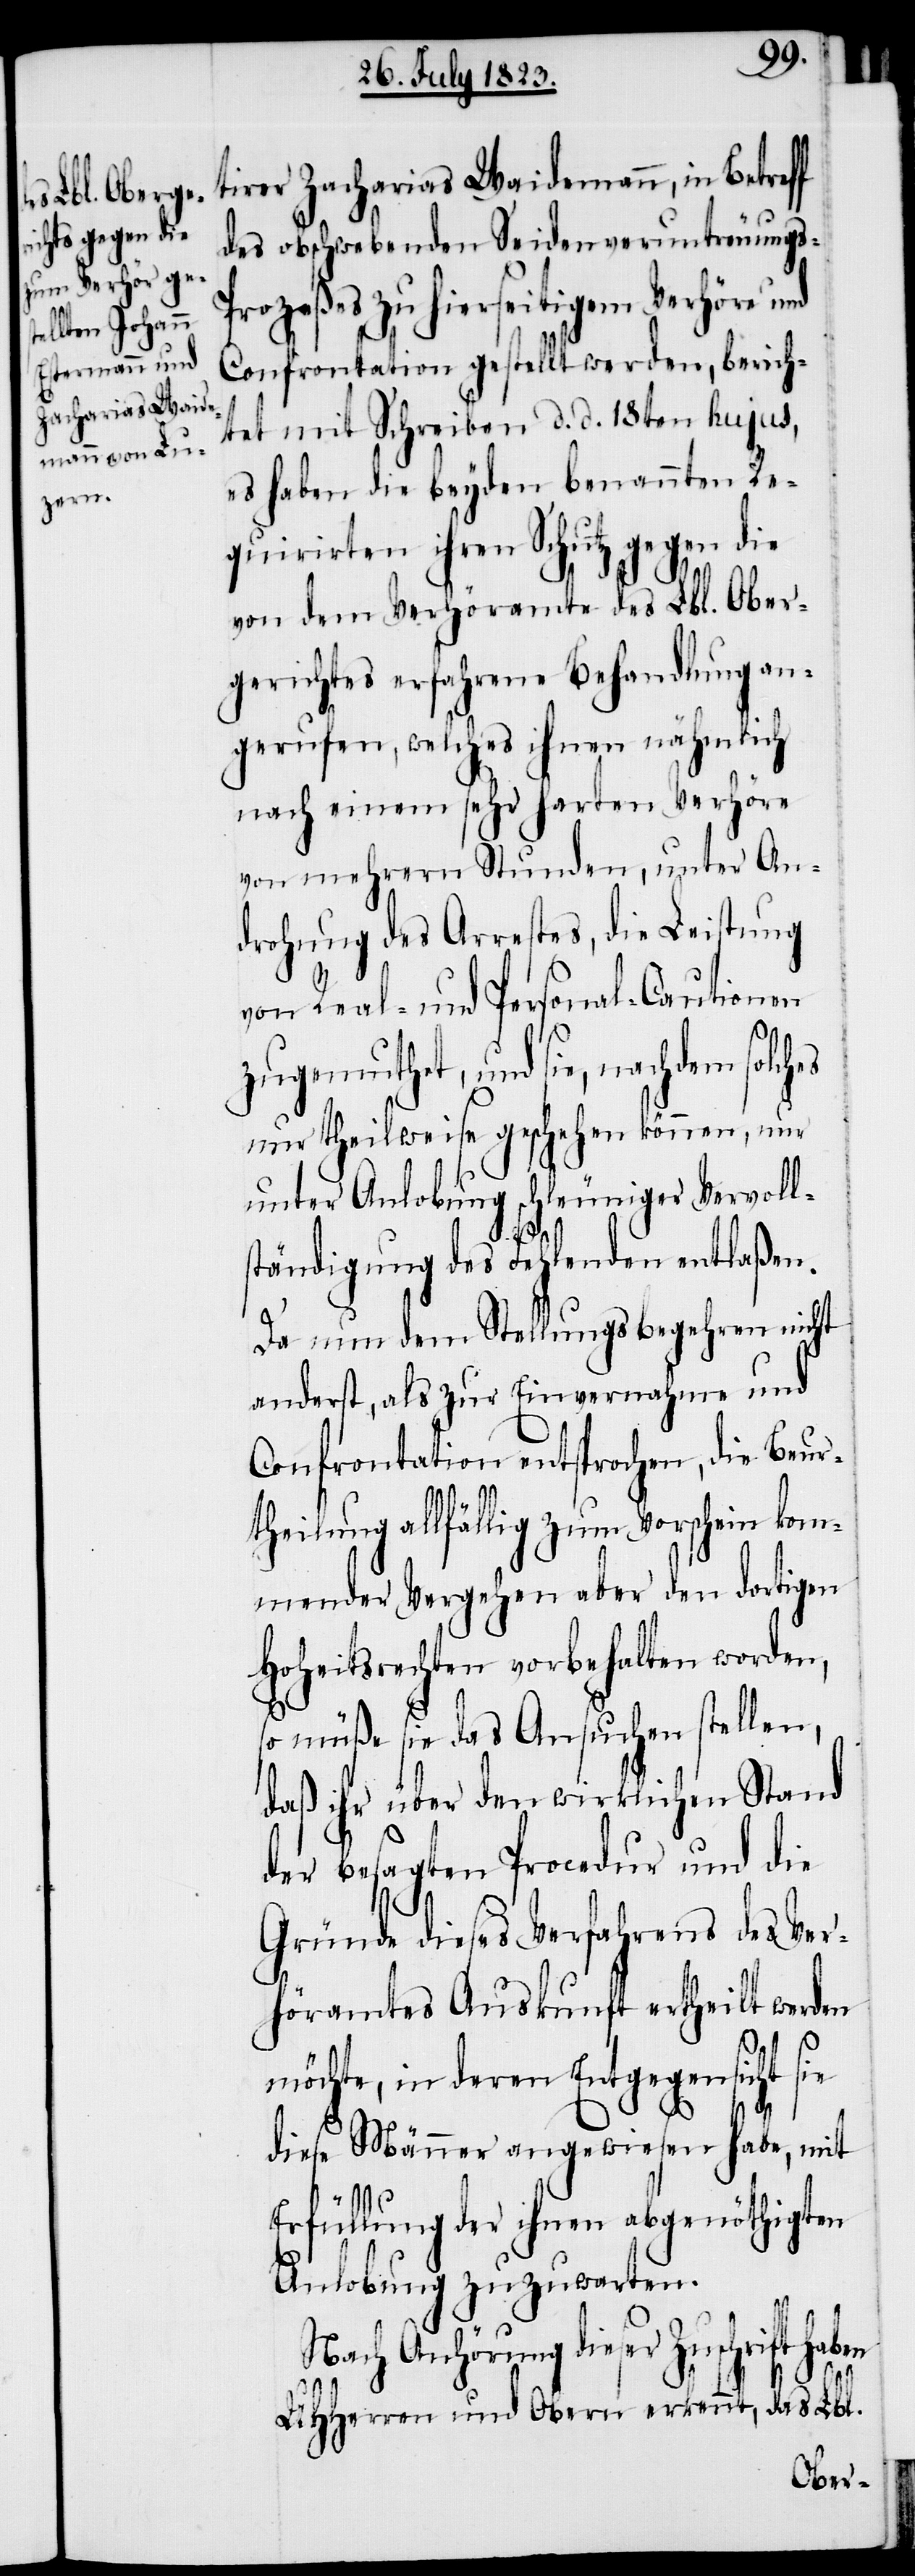
tirer Zacharias Waidemann, in Betreff
des obschwebenden Seidenveruntreuungs-P¬
rozeßes zu hierseitigem Verhöre und
Confrontation gestellt werden, berich¬
tet mit Schreiben d. d. 18ten hujus,
es haben die beyden benannten Re¬
quirirten ihren Schutz gegen die
von dem Verhöramte des Lbl. Ober¬
gerichtes erfahrene Behandlung an¬
gerufen, welches ihnen nähmlich
nach einem sehr harten Verhöre
von mehrern Stunden, unter An¬
drohung des Arrestes, die Leistung
von Real- und Personal-Cautionen
zugemuthet, und sie, nachdem solches
nur theilweise geschehen können, nur
unter Anlobung schleuniger Vervoll¬
ständigung des Fehlenden entlaßen.
Da nun dem Stellungsbegehren nicht
anderst, als zur Einvernahme und
Confrontation entsprochen, die Beur¬
theilung allfällig zum Vorschein kom¬
mender Vergehen aber den dortigen
Hoheitsrechten vorbehalten worden,
so müße sie das Ansuchen stellen,
daß ihr über den wirklichen Stand
der besagten Procedur und die
Gründe dieses Verfahrens des Ver¬
höramtes Auskunft ertheilt werden
möchte, in deren Entgegensicht sie
ben
diese Männer angewiesen habe, mit
Erfüllung der ihnen abgenöthigten
Anlobung zuzuwarten.
Nach Anhörung dieser Zuschrift ha¬
UHHerren und Obern erkennt, das Lbl.